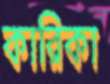
কারিকা